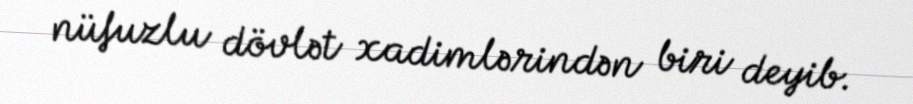
nüfuzlu dövlət xadimlərindən biri deyib.